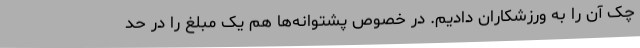
چک آن را به ورزشکاران دادیم. در خصوص پشتوانه‌ها هم یک مبلغ را در حد